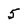
Character: 5